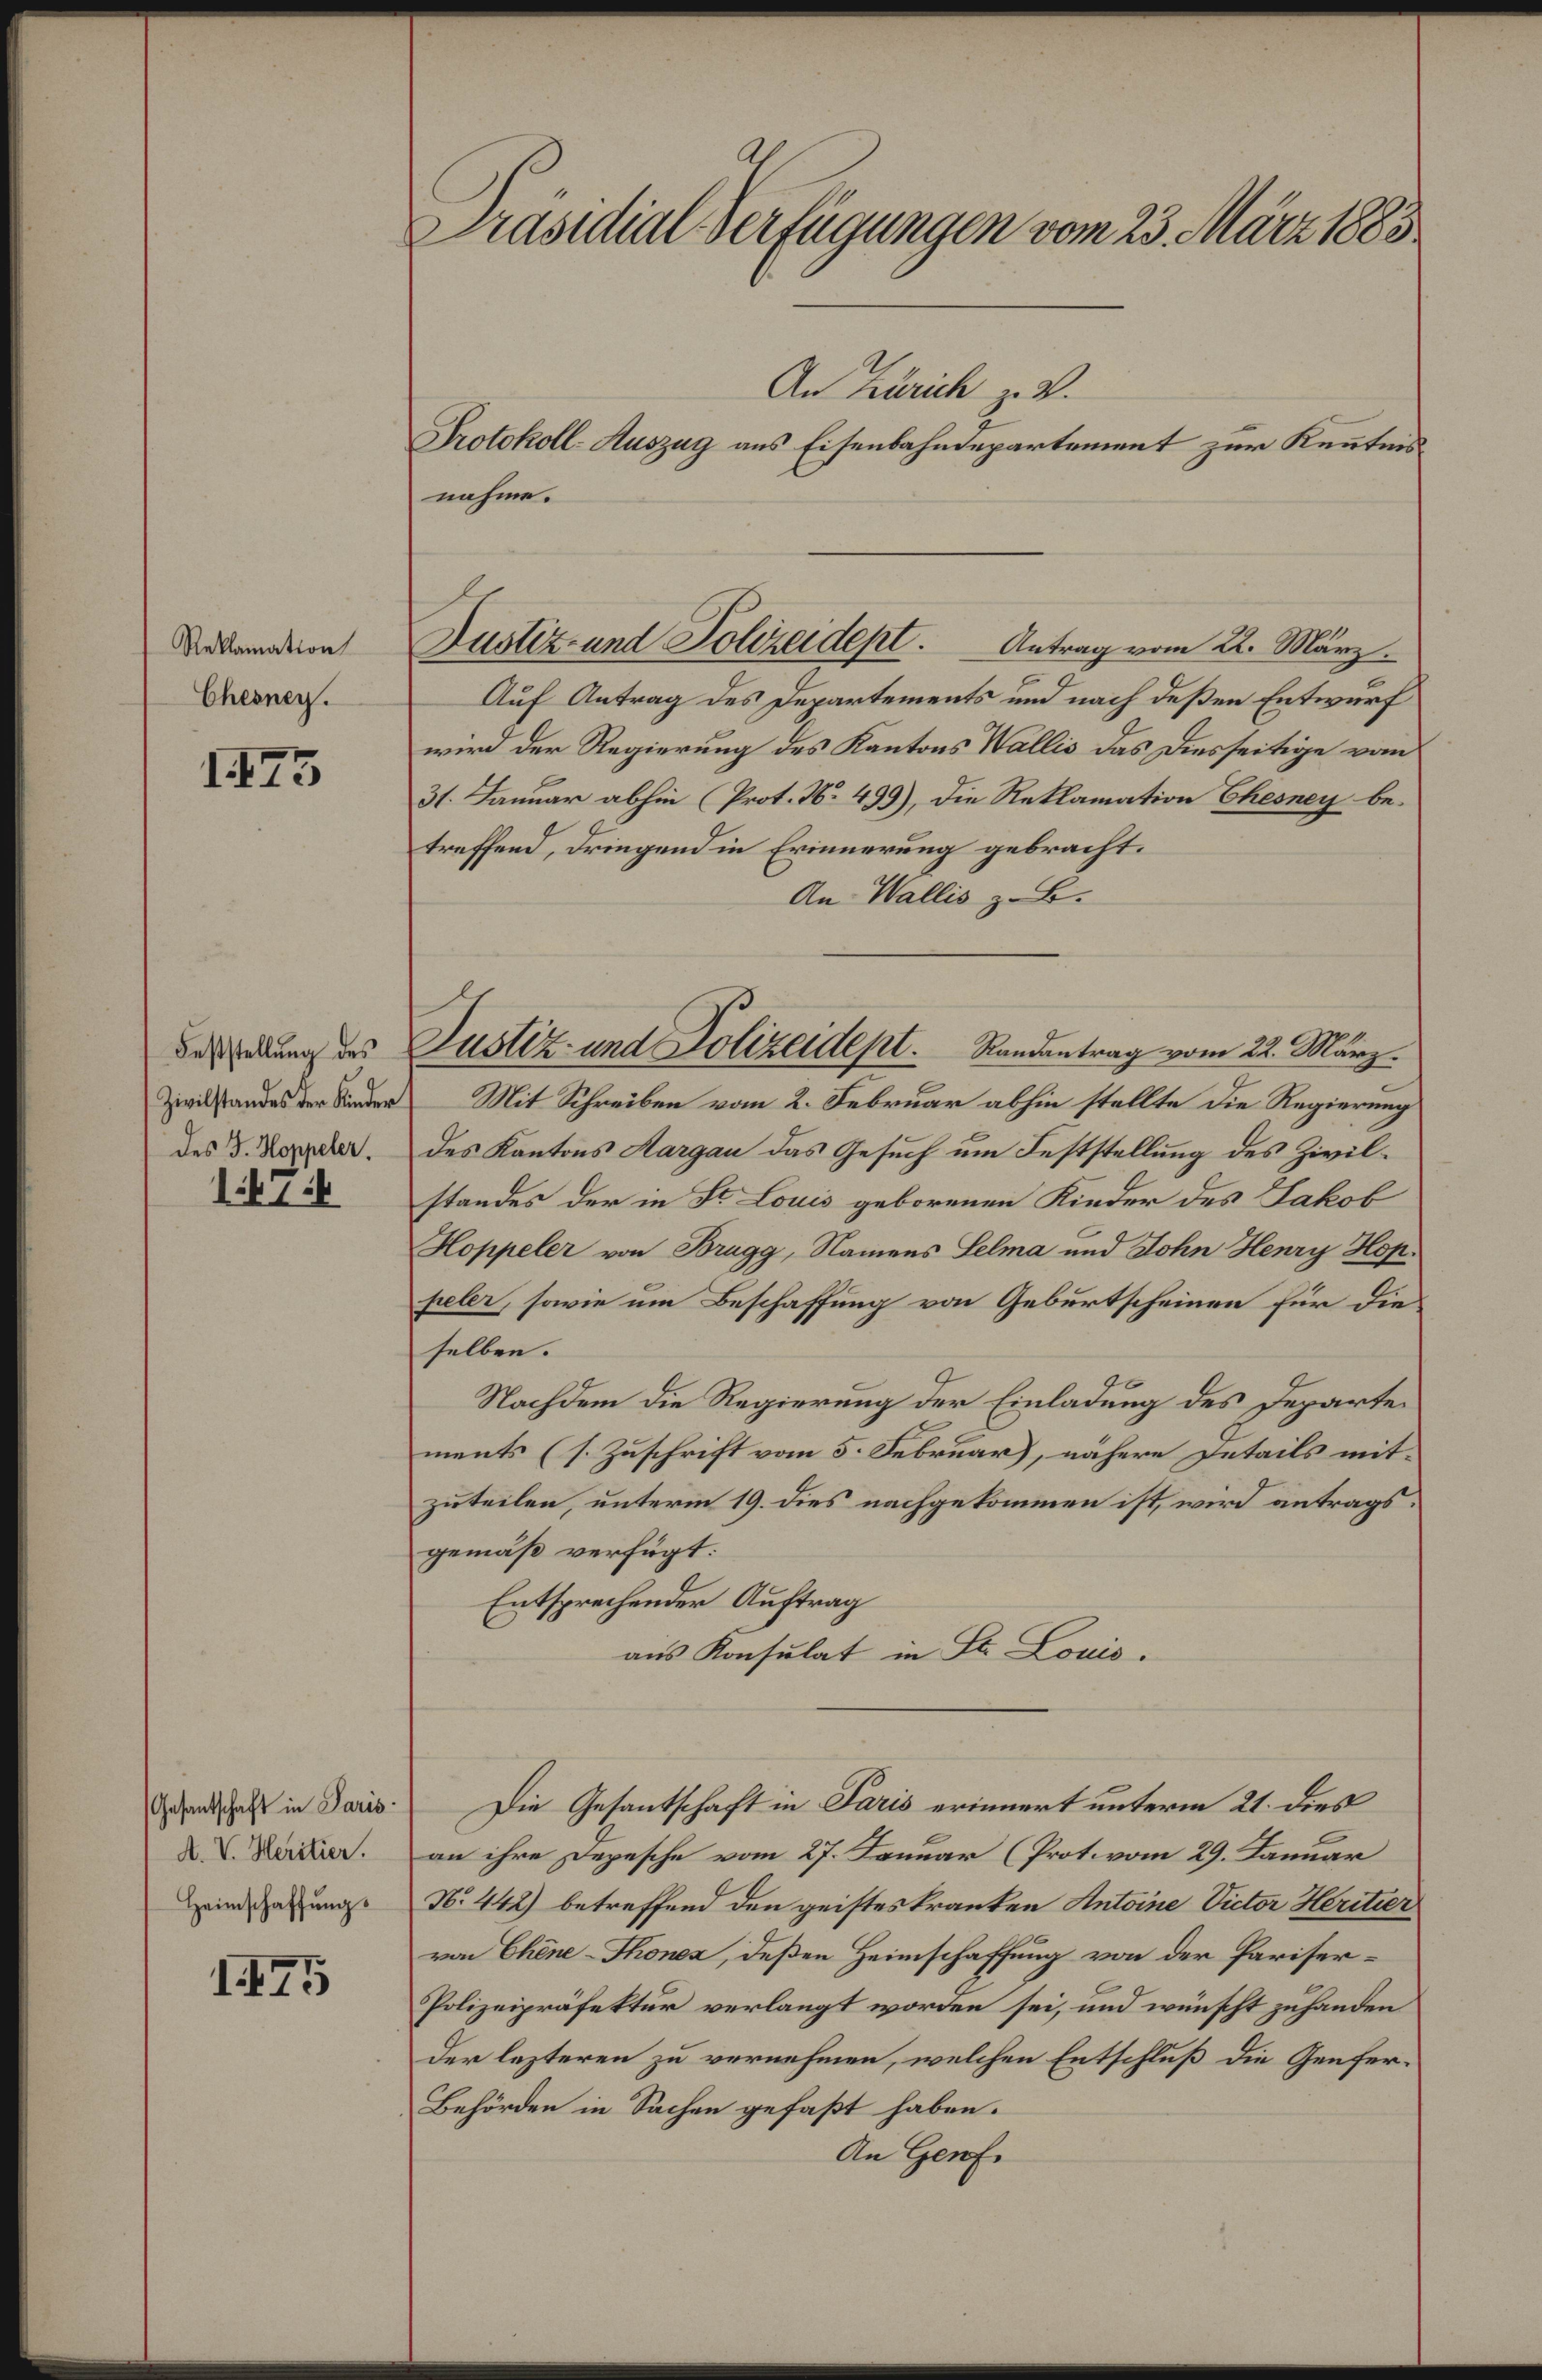
silh Serftgeegen n 8. Ar
An Brik e2.
Dotfoll. ezag aus Ecsenbahndepartemnt zur Keeten¬
nahme¬
tellomaton
Ehernag.
1878
Dastr ent Jalzreidril. Aetrag vam 2. Märg
Auf Aatrag des Dezartements und nach deßen Entwurf
wird dee Ragierung des Kantns Malls des rsseitige vwom
31. Kanuar abhei Prrt. N. 12807, die Retlamnton Akenrg be¬
treffend, drmgend in Erimnerung gebracht.
Ae Vallis zB.
asstellung des
Zerlstordes er kedrt
des S. ospelr.
4414
dastr eat Solizreudset Sardntang vom 2. Marz¬
Mit Shreiben vom 2. Sebrur abhin stellte die Regierng
des Kontns aagan das Gesuch um Seststelung des Zvil¬
standes der in B lons geborenen Kinder des Sakob
Nospel vn Bagg, Samens Kelma und toln eumh Nop¬
pebr, sowie nm Beschaffung vo Geburtscheinen für die
selben.
Nachdem die Ragirrung der Einladung des Jezarte
ment (s. Zuschrift vom 5. Fbruar, eähre ztails mit
zuteilen, unterm 19. dies nachgekommen ist wird entrags
gemaß verfügt.
Ertsprechenden Auftrag
 aus Konsulat in K Boas¬
srathaft in Soas
t. . Mätier.
Hemschaffungs
85
Die Gesantsthaft in Kon aet untre 2. kes
an ihre Dezesche vom 27. Kennr Protvom 29. anuar
N0. 442 betreffend den geistestranten ttin ulm Miten
em AllmNonn, deßen Heinschafung von der Hriser.
Polizeipräfettun verlanzt worcden sei und weünsht zuhrnden
der lezteren zu vernahmen, welchen Entschluß die Genfer¬
Behörden in Sachem gefast haben.
An Zrf.